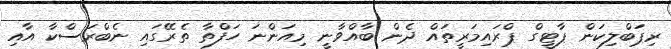
ރިޕަބްލިކަން ޕާޓީގް ޕްރައިމަރީތައް ދެން ބާއްވާނީ މިއަންނަ ހަފްތާ ތެރޭގައި ނެބްރަސްކާ އާއި